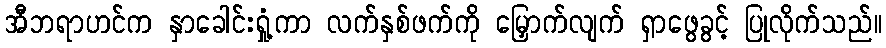
အီဘရာဟင်က နှာခေါင်းရှုံ့ကာ လက်နှစ်ဖက်ကို မြှောက်လျက် ရှာဖွေခွင့် ပြုလိုက်သည်။